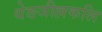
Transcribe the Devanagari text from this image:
थेङजील्लकलि